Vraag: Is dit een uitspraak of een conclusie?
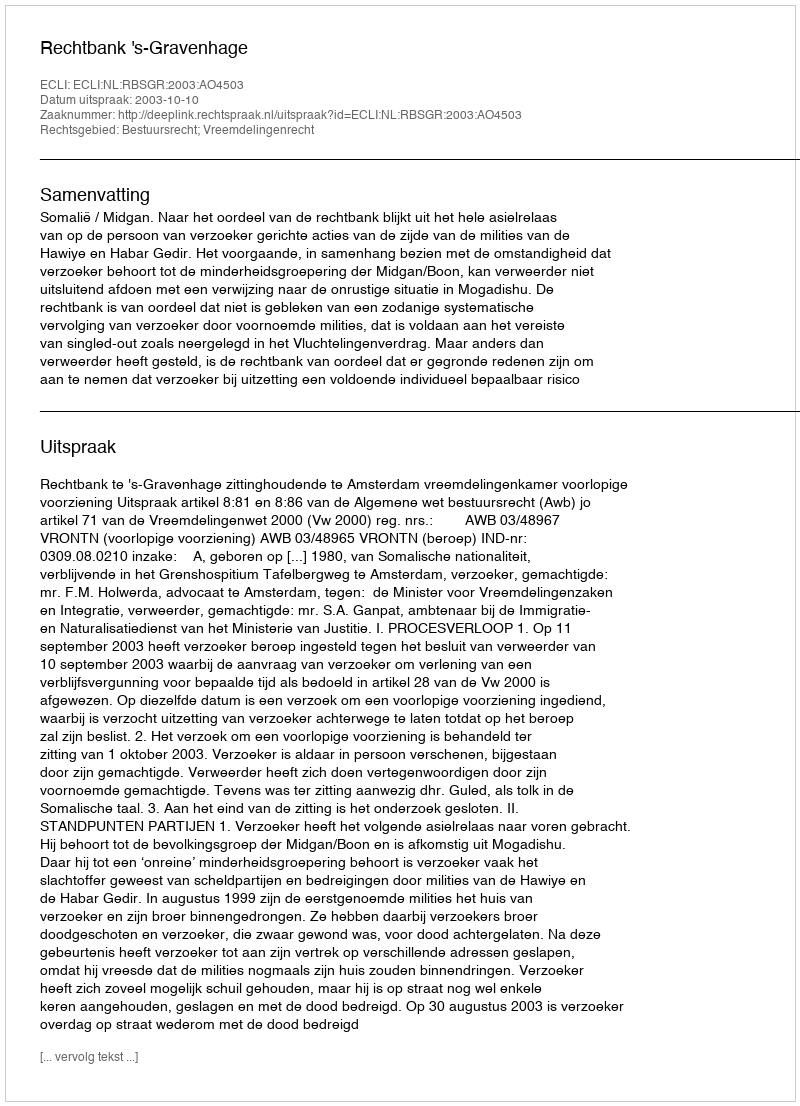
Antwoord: Uitspraak